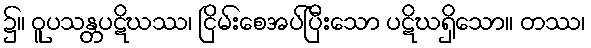
၌။ ဝူပသန္တပဋိဃဿ၊ ငြိမ်းစေအပ်ပြီးသော ပဋိဃရှိသော။ တဿ၊